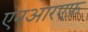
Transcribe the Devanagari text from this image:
एनआरएफ़